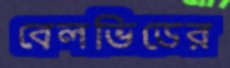
বেলভিডের